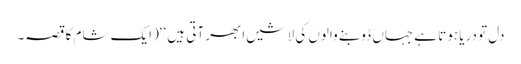
دل تو دریا ہوتا ہے جہاں ڈوبنے والوں کی لاشیں ابھر آتی ہیں ‘‘(ایک شام کا قصہ۔